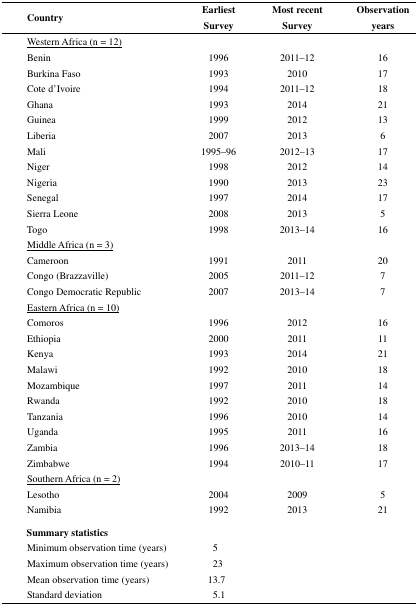
<table><thead><tr><td><b>Country</b></td><td colspan="2"><b>Earliest Survey</b></td><td colspan="2"><b>Most recent Survey</b></td><td><b>Observation years</b></td></tr></thead><tbody><tr><td><underline>Western Africa (n = 12)</underline></td><td colspan="2"></td><td colspan="2"></td><td></td></tr><tr><td>Benin</td><td colspan="2">1996</td><td colspan="2">2011–12</td><td>16</td></tr><tr><td>Burkina Faso</td><td colspan="2">1993</td><td colspan="2">2010</td><td>17</td></tr><tr><td>Cote d&#x27;Ivoire</td><td colspan="2">1994</td><td colspan="2">2011–12</td><td>18</td></tr><tr><td>Ghana</td><td colspan="2">1993</td><td colspan="2">2014</td><td>21</td></tr><tr><td>Guinea</td><td colspan="2">1999</td><td colspan="2">2012</td><td>13</td></tr><tr><td>Liberia</td><td colspan="2">2007</td><td colspan="2">2013</td><td>6</td></tr><tr><td>Mali</td><td colspan="2">1995–96</td><td colspan="2">2012–13</td><td>17</td></tr><tr><td>Niger</td><td colspan="2">1998</td><td colspan="2">2012</td><td>14</td></tr><tr><td>Nigeria</td><td colspan="2">1990</td><td colspan="2">2013</td><td>23</td></tr><tr><td>Senegal</td><td colspan="2">1997</td><td colspan="2">2014</td><td>17</td></tr><tr><td>Sierra Leone</td><td colspan="2">2008</td><td colspan="2">2013</td><td>5</td></tr><tr><td>Togo</td><td colspan="2">1998</td><td colspan="2">2013–14</td><td>16</td></tr><tr><td><underline>Middle Africa (n = 3)</underline></td><td colspan="2"></td><td colspan="2"></td><td></td></tr><tr><td>Cameroon</td><td colspan="2">1991</td><td colspan="2">2011</td><td>20</td></tr><tr><td>Congo (Brazzaville)</td><td colspan="2">2005</td><td colspan="2">2011–12</td><td>7</td></tr><tr><td>Congo Democratic Republic</td><td colspan="2">2007</td><td colspan="2">2013–14</td><td>7</td></tr><tr><td><underline>Eastern Africa (n = 10)</underline></td><td colspan="2"></td><td colspan="2"></td><td></td></tr><tr><td>Comoros</td><td colspan="2">1996</td><td colspan="2">2012</td><td>16</td></tr><tr><td>Ethiopia</td><td colspan="2">2000</td><td colspan="2">2011</td><td>11</td></tr><tr><td>Kenya</td><td colspan="2">1993</td><td colspan="2">2014</td><td>21</td></tr><tr><td>Malawi</td><td colspan="2">1992</td><td colspan="2">2010</td><td>18</td></tr><tr><td>Mozambique</td><td colspan="2">1997</td><td colspan="2">2011</td><td>14</td></tr><tr><td>Rwanda</td><td colspan="2">1992</td><td colspan="2">2010</td><td>18</td></tr><tr><td>Tanzania</td><td colspan="2">1996</td><td colspan="2">2010</td><td>14</td></tr><tr><td>Uganda</td><td colspan="2">1995</td><td colspan="2">2011</td><td>16</td></tr><tr><td>Zambia</td><td colspan="2">1996</td><td colspan="2">2013–14</td><td>18</td></tr><tr><td>Zimbabwe</td><td colspan="2">1994</td><td colspan="2">2010–11</td><td>17</td></tr><tr><td><underline>Southern Africa (n = 2)</underline></td><td colspan="2"></td><td colspan="2"></td><td></td></tr><tr><td>Lesotho</td><td colspan="2">2004</td><td colspan="2">2009</td><td>5</td></tr><tr><td>Namibia</td><td colspan="2">1992</td><td colspan="2">2013</td><td>21</td></tr><tr><td><b>Summary statistics</b></td><td colspan="2"></td><td colspan="2"></td><td></td></tr><tr><td>Minimum observation time (years)</td><td colspan="2">5</td><td colspan="2"></td><td></td></tr><tr><td>Maximum observation time (years)</td><td colspan="2">23</td><td colspan="2"></td><td></td></tr><tr><td>Mean observation time (years)</td><td colspan="2">13.7</td><td colspan="2"></td><td></td></tr><tr><td>Standard deviation</td><td colspan="2">5.1</td><td colspan="2"></td><td></td></tr></tbody></table>